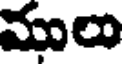
ములు